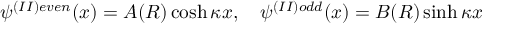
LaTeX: \psi ^ { ( I I ) e v e n } ( x ) = A ( R ) \cosh \kappa x , \quad \psi ^ { ( I I ) o d d } ( x ) = B ( R ) \sinh \kappa x